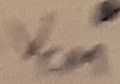
Text: VCM